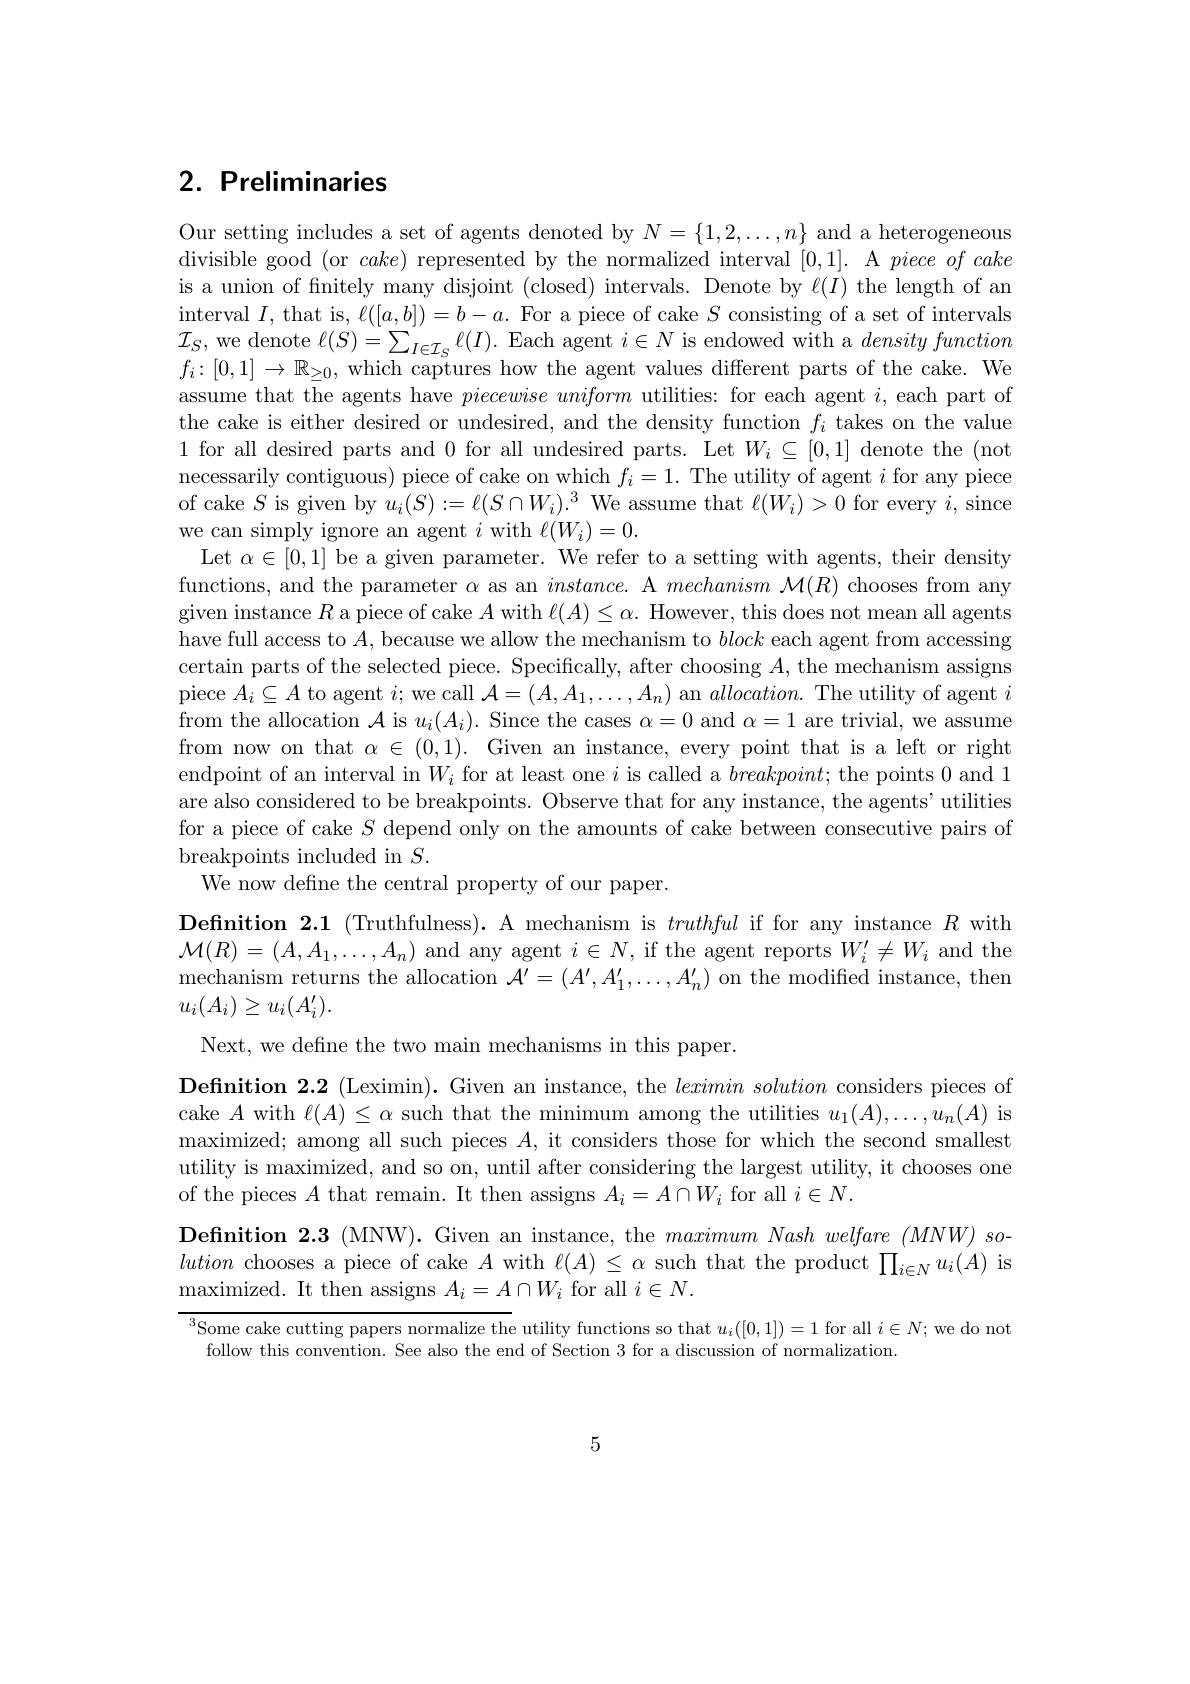
## 2. Preliminaries

Our setting includes a set of agents denoted by $N=\{1,2,\ldots,n\}$ and a heterogeneous divisible good (or $cake)$ represented by the normalized interval [0,1]. A $piece\textit{of cake}$ is a union of finitely many disjoint (closed) intervals. Denote by $\ell(I)$ the length of an interval $I$, that is, $\ell([a,b])=b-a.$ For a piece of cake $S$ consisting of a set of intervals $\mathcal{I}_{S}$, we denote $\ell(S)=\sum_I\in\mathcal{I}_{S}\ell(I).$ Each agent $i\in N$ is endowed with a densityfunction $f_i:[0,1]\to\mathbb{R}_{\geq0}$, which captures how the agent values different parts of the cake. We assume that the agents have $piecewise\textit{ uniform utilities: for each agent }i$,each part of the cake is either desired or undesired, and the density function $f_i$ takes on the value 1 for all desired parts and 0 for all undesired parts. Let $W_i\subseteq[0,1]$ denote the (not) necessarily contiguous) piece of cake on which $f_i=1.$ The utility of agent $i$ for any piece of cake $S$ is given by $u_i(S):=\ell(S\cap W_i)^3$ We assume that $\ell(W_i)>0$ for every $i$, since we can simply ignore an agent $i$ with $\ell(W_i)=0.$
Let $\alpha\in[0,1]$ be a given parameter. We refer to a setting with agents, their density functions, and the parameter $\alpha$ as an $instance.$ A mechanism $\mathcal{M}(R)$ chooses from any given instance $R$ a piece of cake $A$ with $\ell(A)\leq\alpha.$ However, this does not mean all agents have full access to $A$, because we allow the mechanism to block each agent from accessing certain parts of the selected piece. Specifically, after choosing $A$, the mechanism assigns piece $A_i\subseteq A$ to agent $i;$ we call $\mathcal{A}=(A,A_1,\ldots,A_n)$ an $allocation.$ The utility of agent $i$ from the allocation $\mathcal{A}$ is $u_i(A_i).$ Since the cases $\alpha=0$ and $\alpha=1$ are trivial, we assume from now on that $\alpha\in(0,1).$ Given an instance, every point that is a left or right endpoint of an interval in $W_i$ for at least one $i$ is called a $breakpoint;$ the points 0 and 1 are also considered to be breakpoints. Observe that for any instance, the agents' utilities for a piece of cake $S$ depend only on the amounts of cake between consecutive pairs of breakpoints included in $S.$
We now define the central property of our paper.
Definition 2.1 (Truthfulness).A mechanism is truthful if for any instance $R$ with

$\mathcal{M}(R)=(A,A_1,\ldots,A_n)$ and any agent $i\in N$, if the agent reports $W_i^\prime\neq W_i$ and the

mechanism returns the allocation $\mathcal{A}^\prime=(A^\prime,A_1^\prime,\ldots,A_n^\prime)$ on the modified instance, then

$u_i(A_i)\geq u_i(A_i^{\prime}).$

Next, we define the two main mechanisms in this paper.

$\textbf{Definition 2. 2 ( Leximin) . Given an instance, the }leximin\textit{ solution considers pieces of}$ cake $A$ with $\ell(A)\leq\alpha$ such that the minimum among the utilities $u_1(A),\ldots,u_n(A)$ is maximized; among all such pieces $A$, it considers those for which the second smallest utility is maximized, and so on, until after considering the largest utility, it chooses one of the pieces $A$ that remain. It then assigns $A_i=A\cap W_i$ for all $i\in N.$
Definition 2.3 (MNW). Given an instance, the $maximum\textit{Nash welfare }( MNW) \textit{so- 1}$ lution chooses a piece of cake $A$ with $\ell(A)\leq\alpha$ such that the product $\prod_i\in Nu_i(A)$ is maximized. It then assigns $A_{i}= A\cap W_{i}$ for all $i\in N.$

$^{3}$Some cake cutting papers normalize the utility functions so that $u_i([0,1])=1$ for all $i\in N;$ we do not
follow this convention. See also the end of Section 3 for a discussion of normalization.

5